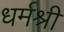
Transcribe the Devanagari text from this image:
धर्मश्री